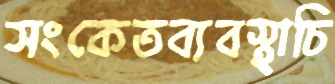
সংকেতব্যবস্থাচি